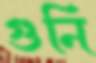
গুনি